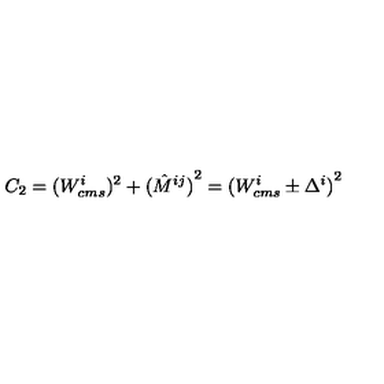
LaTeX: C _ { 2 } = ( { W _ { c m s } ^ { i } } ) ^ { 2 } + { ( \hat { M } ^ { i j } ) } ^ { 2 } = { ( W _ { c m s } ^ { i } \pm \Delta ^ { i } ) } ^ { 2 }